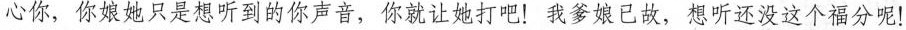
心你，你娘她只是想听到的你声音，你就让她打吧！我爹娘已故，想听还没这个福分呢！